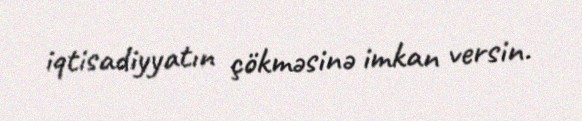
iqtisadiyyatın çökməsinə imkan versin.